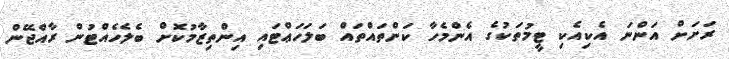
ރަށަށް އަންނަ އެކިއެކި ޓީމުތަކުގެ އެންމެހާ ކަންތައްތައް ބަލަހަޢްޓައި އިންތިޒާމުކޮށް ބެލެހެއްޓުން ރާއްޖޭން